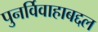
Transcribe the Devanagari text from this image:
पुनर्विवाहाबद्दल